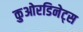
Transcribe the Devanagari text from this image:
कुओरडिनेट्स